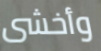
وأخشى